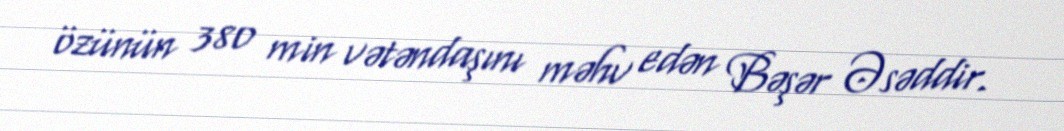
özünün 380 min vətəndaşını məhv edən Bəşər Əsəddir.